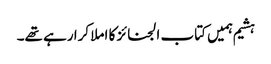
ہشیم ہمیں کتاب الجنائز کا املا کرا رہے تھے۔